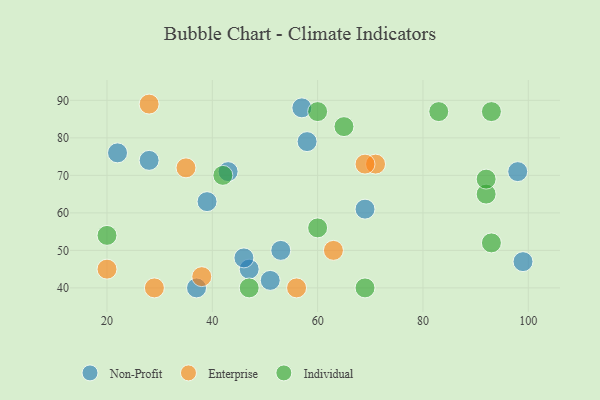
{"axis": {"x": "GDP", "y": "Life Expectancy"}, "legend": ["Enterprise", "Individual", "Non-Profit"], "data": [{"x": "69", "y": 61, "type": "Non-Profit"}, {"x": "28", "y": 74, "type": "Non-Profit"}, {"x": "58", "y": 79, "type": "Non-Profit"}, {"x": "47", "y": 45, "type": "Non-Profit"}, {"x": "51", "y": 42, "type": "Non-Profit"}, {"x": "43", "y": 71, "type": "Non-Profit"}, {"x": "46", "y": 48, "type": "Non-Profit"}, {"x": "57", "y": 88, "type": "Non-Profit"}, {"x": "37", "y": 40, "type": "Non-Profit"}, {"x": "39", "y": 63, "type": "Non-Profit"}, {"x": "99", "y": 47, "type": "Non-Profit"}, {"x": "53", "y": 50, "type": "Non-Profit"}, {"x": "22", "y": 76, "type": "Non-Profit"}, {"x": "98", "y": 71, "type": "Non-Profit"}, {"x": "20", "y": 45, "type": "Enterprise"}, {"x": "29", "y": 40, "type": "Enterprise"}, {"x": "71", "y": 73, "type": "Enterprise"}, {"x": "63", "y": 50, "type": "Enterprise"}, {"x": "28", "y": 89, "type": "Enterprise"}, {"x": "35", "y": 72, "type": "Enterprise"}, {"x": "38", "y": 43, "type": "Enterprise"}, {"x": "56", "y": 40, "type": "Enterprise"}, {"x": "69", "y": 73, "type": "Enterprise"}, {"x": "60", "y": 56, "type": "Individual"}, {"x": "83", "y": 87, "type": "Individual"}, {"x": "60", "y": 87, "type": "Individual"}, {"x": "92", "y": 65, "type": "Individual"}, {"x": "93", "y": 87, "type": "Individual"}, {"x": "69", "y": 40, "type": "Individual"}, {"x": "42", "y": 70, "type": "Individual"}, {"x": "47", "y": 40, "type": "Individual"}, {"x": "92", "y": 69, "type": "Individual"}, {"x": "93", "y": 52, "type": "Individual"}, {"x": "20", "y": 54, "type": "Individual"}, {"x": "65", "y": 83, "type": "Individual"}]}